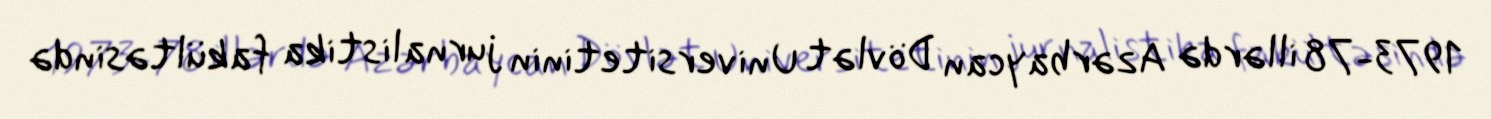
1973-78 illərdə Azərbaycan Dövlət Universitetinin jurnalistika fakültəsində